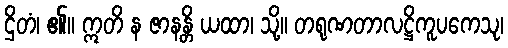
ဌိတံ၊ ၏။ ဣတိ န ဇာနန္တိ ယထာ၊ သို့။ တရုဏတာလဋ္ဌိကူပကေသု၊